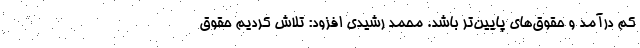
کم درآمد و حقوق‌های پایین‌تر باشد. محمد رشیدی افزود: تلاش کردیم حقوق